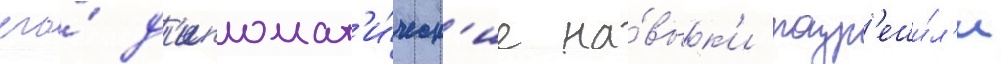
его́ д'ипломат'и́ческ'ие на́вык'и разр'еши́л'и